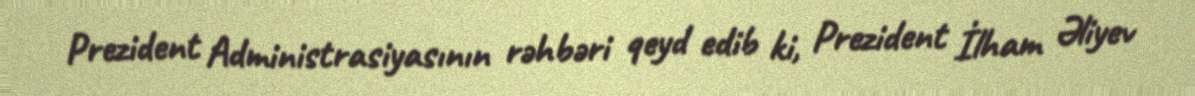
Prezident Administrasiyasının rəhbəri qeyd edib ki, Prezident İlham Əliyev